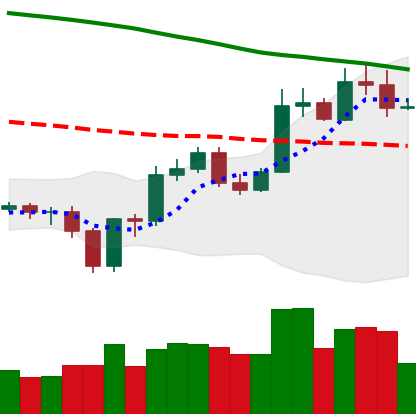
Ticker: ETC-USD
Chart end date: 2020-01-01
Forward return: 12.066%
Label: up_7plus